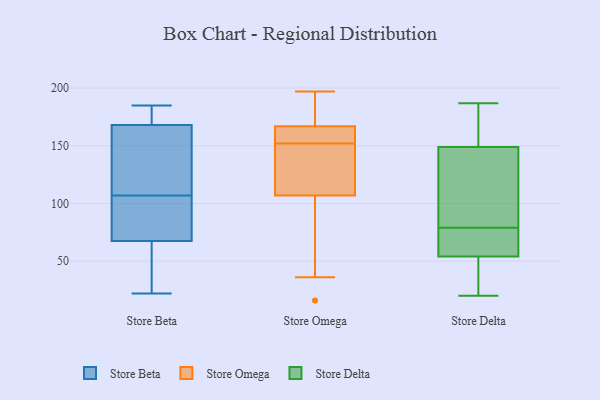
{"axis": {"x": "Budget (USD K)", "y": "Value"}, "legend": ["Store Beta", "Store Delta", "Store Omega"], "data": [{"x": "", "y": 70, "type": "Store Beta"}, {"x": "", "y": 35, "type": "Store Beta"}, {"x": "", "y": 22, "type": "Store Beta"}, {"x": "", "y": 180, "type": "Store Beta"}, {"x": "", "y": 65, "type": "Store Beta"}, {"x": "", "y": 121, "type": "Store Beta"}, {"x": "", "y": 185, "type": "Store Beta"}, {"x": "", "y": 76, "type": "Store Beta"}, {"x": "", "y": 93, "type": "Store Beta"}, {"x": "", "y": 172, "type": "Store Beta"}, {"x": "", "y": 164, "type": "Store Beta"}, {"x": "", "y": 126, "type": "Store Beta"}, {"x": "", "y": 152, "type": "Store Omega"}, {"x": "", "y": 170, "type": "Store Omega"}, {"x": "", "y": 158, "type": "Store Omega"}, {"x": "", "y": 127, "type": "Store Omega"}, {"x": "", "y": 107, "type": "Store Omega"}, {"x": "", "y": 159, "type": "Store Omega"}, {"x": "", "y": 16, "type": "Store Omega"}, {"x": "", "y": 149, "type": "Store Omega"}, {"x": "", "y": 36, "type": "Store Omega"}, {"x": "", "y": 38, "type": "Store Omega"}, {"x": "", "y": 197, "type": "Store Omega"}, {"x": "", "y": 152, "type": "Store Omega"}, {"x": "", "y": 167, "type": "Store Omega"}, {"x": "", "y": 187, "type": "Store Omega"}, {"x": "", "y": 51, "type": "Store Delta"}, {"x": "", "y": 72, "type": "Store Delta"}, {"x": "", "y": 187, "type": "Store Delta"}, {"x": "", "y": 20, "type": "Store Delta"}, {"x": "", "y": 79, "type": "Store Delta"}, {"x": "", "y": 172, "type": "Store Delta"}, {"x": "", "y": 67, "type": "Store Delta"}, {"x": "", "y": 82, "type": "Store Delta"}, {"x": "", "y": 163, "type": "Store Delta"}, {"x": "", "y": 46, "type": "Store Delta"}, {"x": "", "y": 162, "type": "Store Delta"}, {"x": "", "y": 31, "type": "Store Delta"}, {"x": "", "y": 90, "type": "Store Delta"}, {"x": "", "y": 63, "type": "Store Delta"}, {"x": "", "y": 110, "type": "Store Delta"}]}